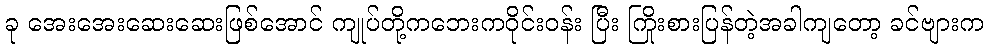
ခု အေးအေးဆေးဆေးဖြစ်အောင် ကျုပ်တို့ကဘေးကဝိုင်းဝန်း ပြီး ကြိုးစားပြန်တဲ့အခါကျတော့ ခင်ဗျားက